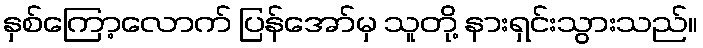
နှစ်ကြော့လောက် ပြန်အော်မှ သူတို့ နားရှင်းသွားသည်။